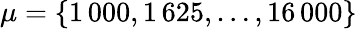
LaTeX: \mu=\{ 1\, 000,1\, 625,\dots,16\, 000\}